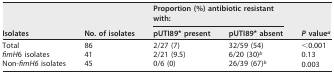
| <ROWSPAN=2> Isolates | <ROWSPAN=2> No. of isolates | <COLSPAN=2> Proportion (%) antibiotic resistant with: | <ROWSPAN=2> P valuea |
 | pUTI89* present | pUTI89* absent |
 | --- | --- | --- | --- | --- |
 | Total | 86 | 2/27 (7) | 32/59 (54) | <0.001 |
 | fimH6 isolates | 41 | 2/21 (9.5) | 6/20 (30)b | 0.13 |
 | Non-fimH6 isolates | 45 | 0/6 (0) | 26/39 (67)b | 0.003 |